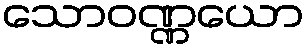
သောဝဏ္ဏယော